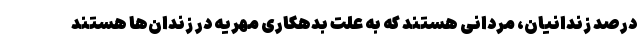
درصد زندانیان، مردانی هستند که به علت بدهکاری مهریه در زندان‌ها هستند